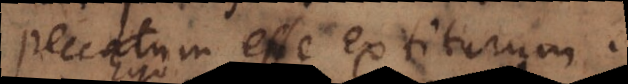
peccatum esse extiturum.